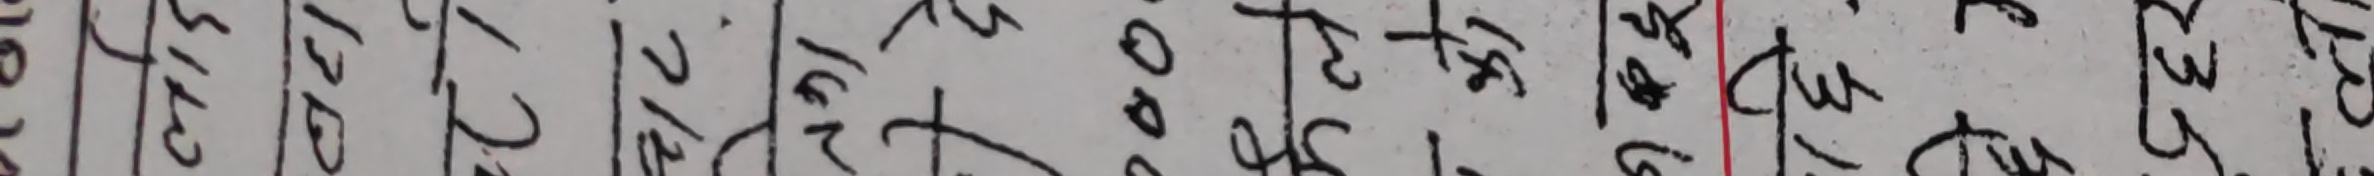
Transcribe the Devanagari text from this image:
१५१०० १००२२ ७२०२० १६८८४ ४०००० १६४२३ ९७६३९